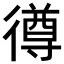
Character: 𢕰